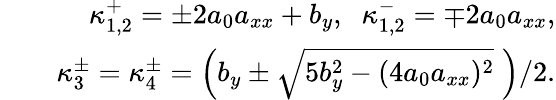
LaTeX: \begin{array}{rlr}&{}&{\kappa_{1,2}^{+}=\pm 2a_{0}a_{xx}+b_{y},\; \; \kappa_{1,2}^{-}=\mp 2a_{0}a_{xx},}\\ &{}&{\kappa_{3}^{\pm}=\kappa_{4}^{\pm}=\left(b_{y}\pm\sqrt{5b_{y}^{2}-(4a_{0}a_{xx})^{2}}\; \right)/2.}\end{array}